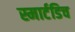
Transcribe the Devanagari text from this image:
स्मार्टडिच